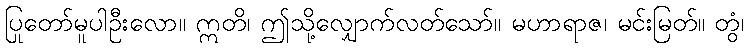
ပြုတော်မူပါဦးလော။ ဣတိ၊ ဤသို့လျှောက်လတ်သော်။ မဟာရာဇ၊ မင်းမြတ်။ တွံ၊